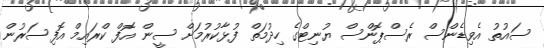
ސައުތު އެވިޑެންސް ރެސްޕޮންސް ޔުނިޓްގެ ހިދުމަތް ފުޅާކުރުމަށް ސީން އޮފް ކްރައިމް އޮފިސަރުން